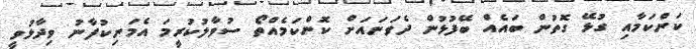
ކަންކަމާއި ގުޅޭ ގޮތުން ބައެއް ބޭފުޅުން ދެވަނައަށް ކޮންކަމެއްތޯ ސުވާލުކުރީމަ އެމަނިކުފާނު ވިދާޅުވީ